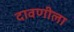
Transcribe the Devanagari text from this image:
दावणीला